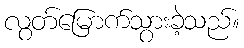
လွတ်မြောက်သွားခဲ့သည်။